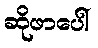
ဆိုဖာပေါ်